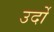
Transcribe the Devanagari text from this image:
उर्दो